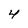
Character: 4